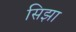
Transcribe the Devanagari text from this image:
सिझा